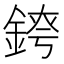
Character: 𨨆